Sanitation, dispensaries and jails vaccination Rajputana 1922-1927 - 1922-1927
Year: 1922
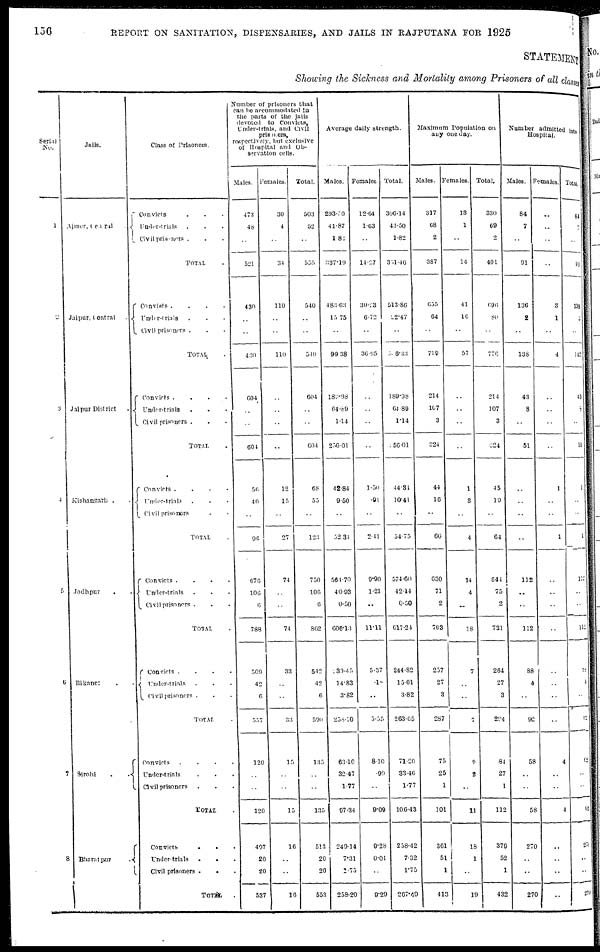
156
REPORT ON SANITATION, DISPENSARIES, AND JAILS IN RAJPUTANA FOR 1925
STATEMENT
Showing the Sickness and Mortality among Prisoners of all classes
Serial
No.
1
2
3
4
5
6
7
8
Jails.
Ajmer,
Central
Jaipur, Central .
Jaipur District
.
Kishangarh . .
Jodhpur . .
Bikaner . .
Sirohi
.
Bharatpur
.
Class of Prisoners.
Convicts . . .
Under-trials . . .
Civil prisoners . . .
TOTAL .
Convicts .
.
.
.
Under-trials . . .
Civil prisoners . . .
TOTAL .
Convicts .
.
.
.
Under-trials . . .
Civil prisoners . . .
TOTAL .
Convicts . . . .
Under-trials . . .
Civil prisoners . .
TOTAL .
Convicts .
.
.
.
Under-trials . . .
Civil prisoners . . .
TOTAL .
Convicts
.
.
.
.
Under-trials . . .
Civil prisoners . . .
TOTAL .
Convicts
.
.
.
.
Under-trials . . .
Civil prisoners . . .
TOTAL .
Convicts
.
.
.
Under-trials
. . .
Civil prisoners . . .
TOTAL .
Number of prisoners that
can be accommodated in
the parts of the jails
devoted to Convicts,
Under-trials, and Civil
prisoners,
respectively, but exclusive
of Hospital and Ob-
servation cells.
Males.
473
48
..
521
430
..
..
430
604
..
..
604
56
40
..
96
676
106
6
788
509
42
6
557
120
..
..
120
497
20
20
537
Females.
30
4
..
34
110
..
..
110
..
..
..
..
12
15
..
27
74
..
..
74
33
..
..
33
15
..
..
15
16
..
..
16
Total.
503
52
..
555
540
..
..
540
604
..
..
604
68
55
..
123
750
106
6
862
542
42
6
590
135
..
..
135
513
20
20
553
Average daily strength.
Males.
293.40
41.87
1.82
337.19
483.63
15.75
..
99.38
189.98
64.89
1.14
256.01
42.84
9.50
..
52.34
564.70
40.93
0.50
606.13
231.45
14.83
3.82
258.10
63.10
32.47
1.77
97.34
249.14
7.31
1.75
258.20
Females.
12.64
1.63
..
14.27
30.23
6.72
..
36.95
..
..
..
..
1.50
.91
..
2.41
9.90
1.21
..
11.11
5.37
.18
..
5.55
8.10
.99
..
9.09
9.28
0.01
..
9.29
Total.
306.14
43.50
1.82
351.46
513.86
22.47
..
536.33
189.98
64.89
1.14
256.01
44.34
10.41
..
54.75
574.60
42.14
0.50
617.24
244.82
15.01
3.82
263.65
71.20
33.46
1.77
106.43
258.42
7.32
1.75
267.49
Maximum Population on
any one day.
Males.
317
68
2
387
655
64
..
719
214
107
3
324
44
16
..
60
630
71
2
703
257
27
3
287
75
25
1
101
361
51
1
413
Females.
13
1
..
14
41
16
..
57
..
..
..
..
1
3
..
4
14
4
..
18
7
..
..
7
9
2
..
11
18
1
..
19
Total.
330
69
2
401
696
80
..
776
214
107
3
324
45
19
..
64
644
75
2
721
264
27
3
294
84
27
1
112
379
52
1
432
Number admitted into
Hospital.
Males.
84
7
..
91
136
2
..
138
43
8
..
51
..
..
..
..
112
..
..
112
88
4
..
92
58
..
..
58
270
..
..
270
Females.
..
..
..
..
3
1
..
4
..
..
..
..
1
..
..
1
..
..
..
..
..
..
..
..
4
..
..
4
..
..
..
..
Total.
84
7
..
91
139
3
..
142
43
8
..
51
1
..
..
1
112
..
..
112
88
4
..
92
62
..
..
62
270
..
..
270